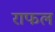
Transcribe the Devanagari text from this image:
राफल